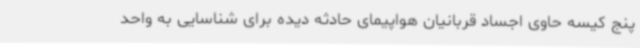
پنج کیسه حاوی اجساد قربانیان هواپیمای حادثه دیده برای شناسایی به واحد